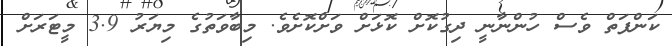
ކަންފަތް ވެސް ހުންނާނީ ދިގުކޮށް ކޮޅަށް ވަށްކޮށެވެ. މިބާވަތުގެ މިޔަރު 3.9 މީޓަރަށް